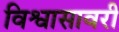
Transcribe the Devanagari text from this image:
विश्वासावरी